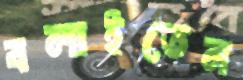
বলাইতেন